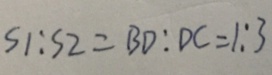
S 1 : S 2 = B D : D C = 1 : 3